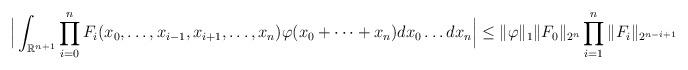
LaTeX: \begin{align*}\Big| \int_{\mathbb{R}^{n+1}}\prod_{i=0}^{n} F_i(x_0,\dots,x_{i-1},x_{i+1},\dots,x_n) \varphi(x_0+\dots + x_n) dx_0 \dots dx_n \Big| \leq \|\varphi\|_1 \|F_0\|_{{2^n}} \prod_{i=1}^n\|F_i\|_{{2^{n-i+1}}}\end{align*}